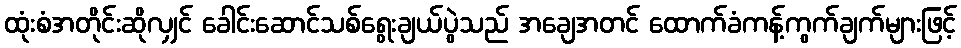
ထုံးစံအတိုင်းဆိုလျှင် ခေါင်းဆောင်သစ်ရွေးချယ်ပွဲသည် အချေအတင် ထောက်ခံကန့်ကွက်ချက်များဖြင့်